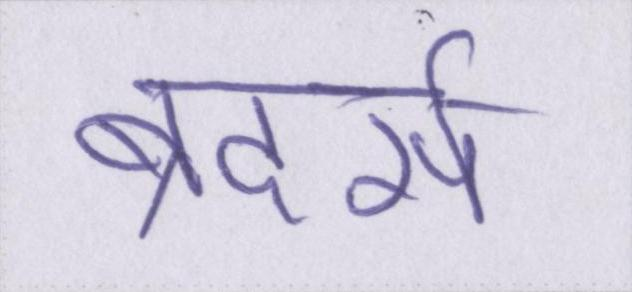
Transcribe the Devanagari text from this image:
ब्रदर्स